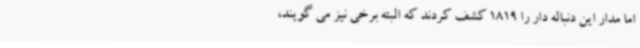
اما مدار این دنباله دار را 1819 کشف کردند که البته برخی نیز می گویند،